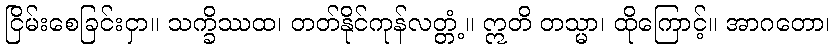
ငြိမ်းစေခြင်းငှာ။ သက္ခိဿထ၊ တတ်နိုင်ကုန်လတ္တံ့။ ဣတိ တသ္မာ၊ ထိုကြောင့်။ အာဂတော၊